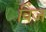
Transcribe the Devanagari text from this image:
विंज